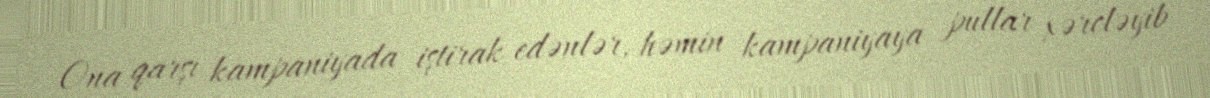
Ona qarşı kampaniyada iştirak edənlər, həmin kampaniyaya pullar xərcləyib